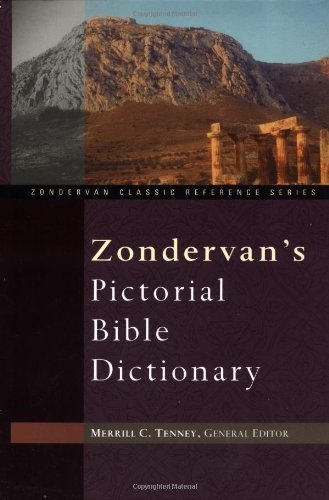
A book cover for Zondervan's Pictorial Bible Dictionary; J. D. Douglas; Christian Books & Bibles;